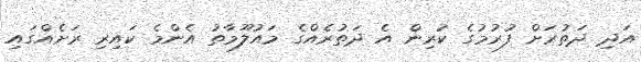
އަދި ދަތުރަށް ފުރުމުގެ ކުރިން އެ ދަތުރެއްގެ މައުލޫމާތު އެންމެ ކައިރި ރަށެއްގައި